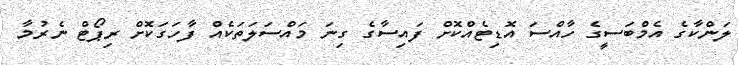
ލަންކާގެ އެމްބަސީގެ ހާއްސަ އޮޑިޓެއްކޮށް ފައިސާގެ ގިނަ މައްސަލަތަކެއް ފާހަގަކޮށް ރިޕޯޓް ނެރުމާ